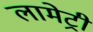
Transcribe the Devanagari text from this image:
लामेट्री